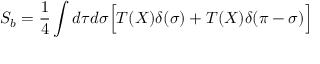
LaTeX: S _ { b } = \frac { 1 } { 4 } \int d \tau d \sigma \Bigl [ T ( X ) \delta ( \sigma ) + T ( X ) \delta ( \pi - \sigma ) \Bigr ] \quad